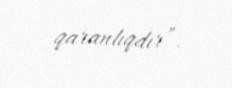
qaranlıqdır”.